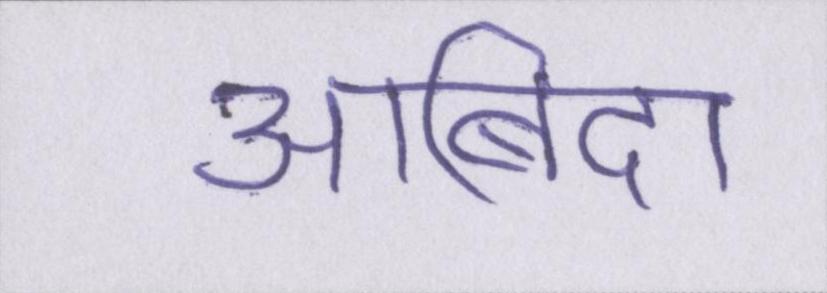
आबिदा